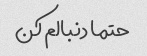
حتما دنبالم کن